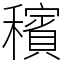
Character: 穦